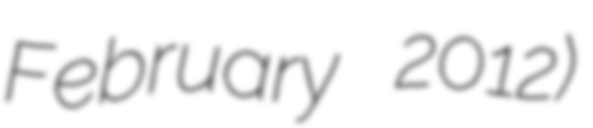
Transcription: February 2012)